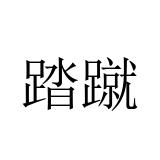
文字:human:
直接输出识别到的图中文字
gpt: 踏蹴